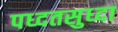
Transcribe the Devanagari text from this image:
पध्दतसुध्दा